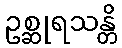
ဥစ္ဆုရသန္တိ